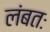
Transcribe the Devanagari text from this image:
लंबतः